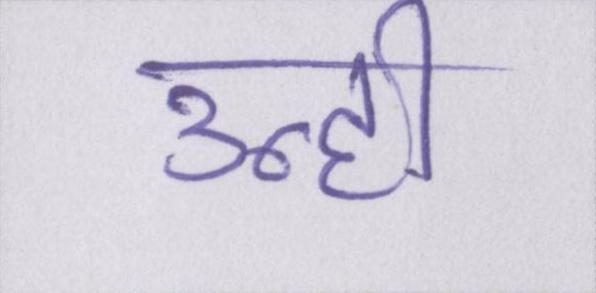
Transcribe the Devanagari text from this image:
उन्ही